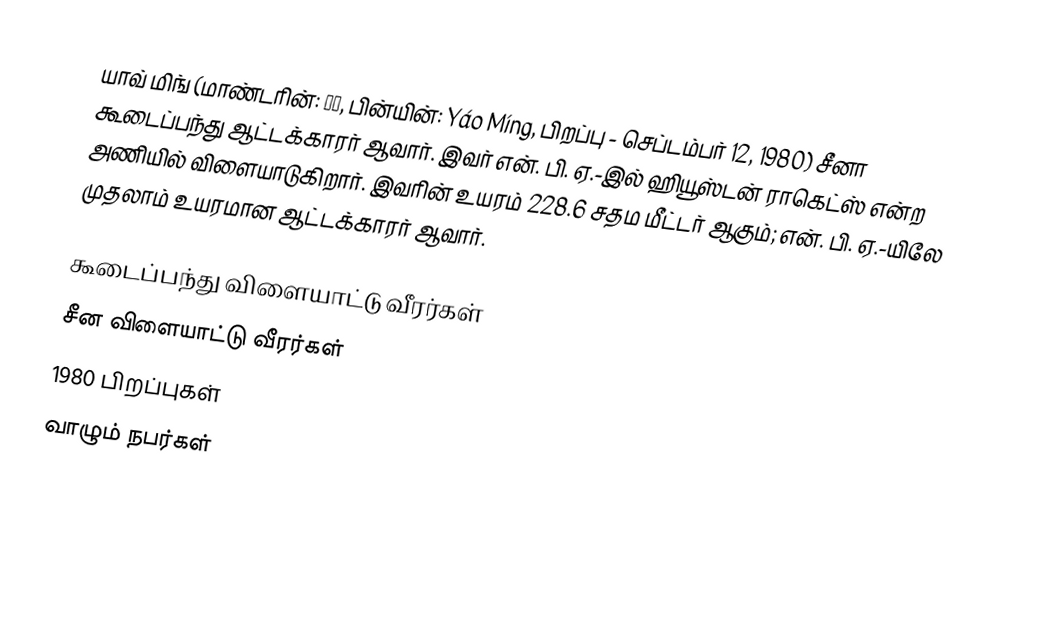
யாவ் மிங் (மாண்டரின்: 姚明, பின்யின்: Yáo Míng, பிறப்பு - செப்டம்பர் 12, 1980) சீனா கூடைப்பந்து ஆட்டக்காரர் ஆவார். இவர் என். பி. ஏ.-இல் ஹியூஸ்டன் ராகெட்ஸ் என்ற அணியில் விளையாடுகிறார். இவரின் உயரம் 228.6 சதம மீட்டர் ஆகும்; என். பி. ஏ.-யிலே முதலாம் உயரமான ஆட்டக்காரர் ஆவார்.

கூடைப்பந்து விளையாட்டு வீரர்கள்
சீன விளையாட்டு வீரர்கள்
1980 பிறப்புகள்
வாழும் நபர்கள்